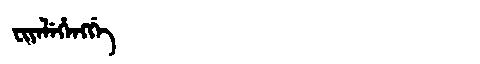
Manchu: ᠸᡳᠶᡝᠯᡝᡥᡝᠩᡤᡝ
Romanization: FIYELEHENGGE